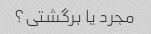
مجرد یا برگشتی؟